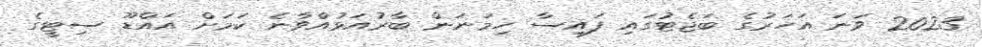
2023 ވަނަ އަހަރުގެ ބަޖެޓުގައި ފައިސާ ހިމަނަން ބާރުއަޅުއްވާނެ ކަމަށް އައްޑޫ ސިޓީގެ